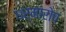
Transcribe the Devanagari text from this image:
धर्मारोप